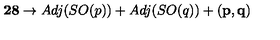
{ \bf 2 8 } \rightarrow A d j ( S O ( p ) ) + A d j ( S O ( q ) ) + { \bf ( p , q ) }